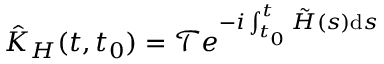
\hat { K } _ { H } ( t , t _ { 0 } ) = \mathcal { T } e ^ { - i \int _ { t _ { 0 } } ^ { t } \tilde { H } ( s ) \mathrm { d } s }